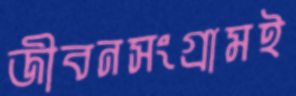
জীবনসংগ্রামই